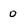
Character: 0